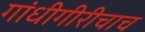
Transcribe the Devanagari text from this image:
गांधीगीरीचाच